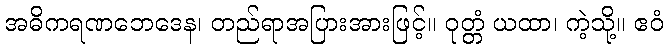
အဓိကရဏဘေဒေန၊ တည်ရာအပြားအားဖြင့်။ ဝုတ္တံ ယထာ၊ ကဲ့သို့။ ဧဝံ